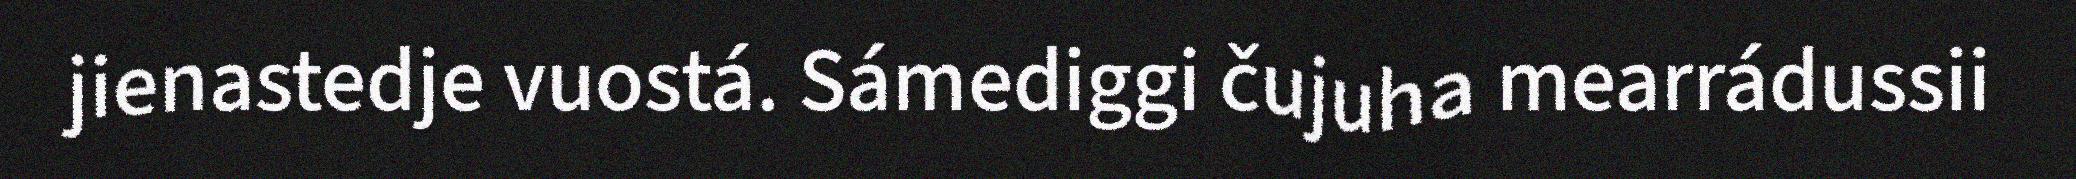
jienastedje vuostá. Sámediggi čujuha mearrádussii